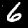
Digit: 6